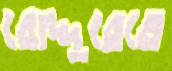
রোদ্দুরেতে